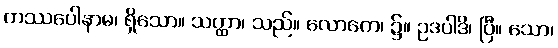
ကဿပေါနာမ၊ ရှိသော။ သတ္ထာ၊ သည်။ လောကေ၊ ၌။ ဥဒပါဒိ၊ ပြီ။ သော၊